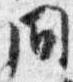
間